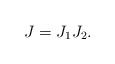
LaTeX: \begin{align*} J = J_1 J_2.\end{align*}